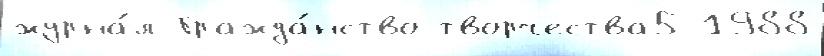
журна́л Гражда́нство творчества5 1988